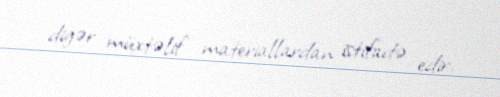
digər müxtəlif materiallardan istifadə edir.